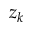
z _ { k }